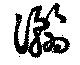
瀚